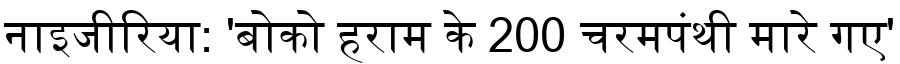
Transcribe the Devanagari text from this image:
नाइजीरिया: 'बोको हराम के 200 चरमपंथी मारे गए'